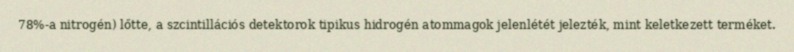
78%-a nitrogén) lőtte, a szcintillációs detektorok tipikus hidrogén atommagok jelenlétét jelezték, mint keletkezett terméket.